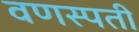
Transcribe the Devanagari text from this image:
वणस्पती